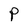
Character: P